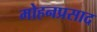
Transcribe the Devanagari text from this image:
मोहनप्रसाद